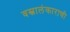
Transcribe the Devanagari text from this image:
वस्त्रालंकाराची